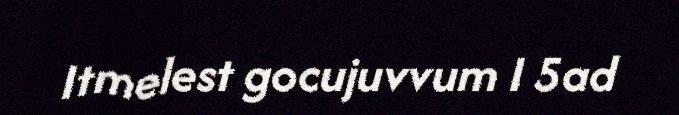
Itmelest gocujuvvum I 5ad